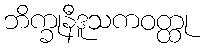
ဘိက္ခုနီဒူသကဝတ္ထု